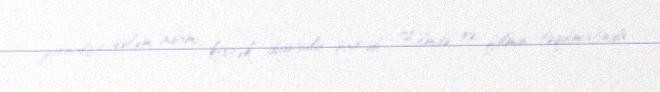
jurnalist, qələm adamı, kövrək duyğulu şair idi. "Filmdə və filmin təqdimatında